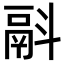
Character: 𩰮